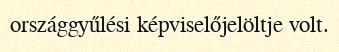
országgyűlési képviselőjelöltje volt.